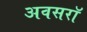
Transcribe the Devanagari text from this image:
अवसरॉ